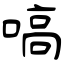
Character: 嗃